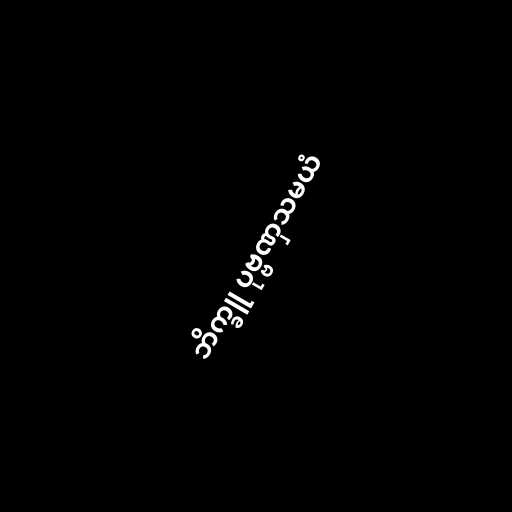
ဘိက္ခူ ပုဗ္ဗဏှသမယံ